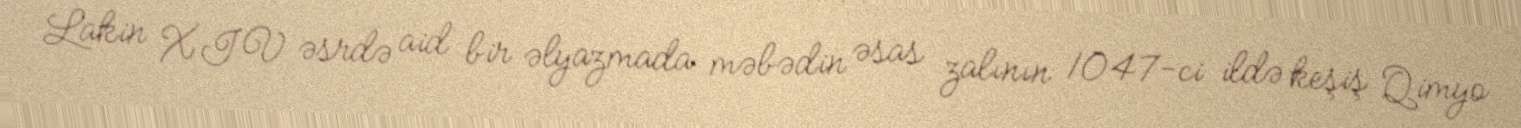
Lakin XIV əsrdə aid bir əlyazmada məbədin əsas zalının 1047-ci ildə keşiş Qimyo